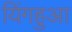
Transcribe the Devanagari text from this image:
यिंगहुआ